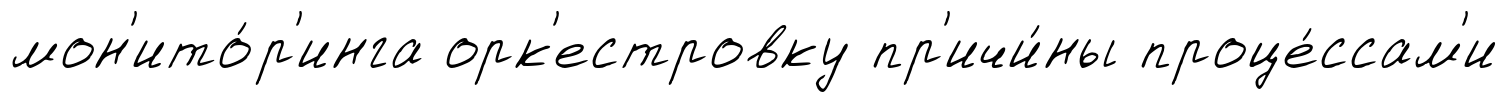
мон'ито́р'инга орк'естровку пр'ичи́ны проце́ссам'и